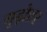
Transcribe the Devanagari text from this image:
गुढ़ोत्तर